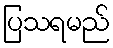
ပြသရမည်